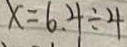
x = 6 . 4 \div 4